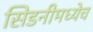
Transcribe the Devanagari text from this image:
सिडनीमध्येच